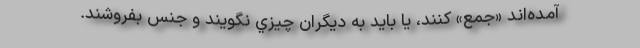
آمده‌اند «جمع» كنند، يا بايد به ديگران چيزي نگويند و جنس بفروشند.